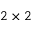
2 \times 2